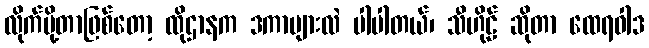
လိုက်ပို့တာဖြစ်တော့ ထိုဌာနက ဒကာများလဲ ပါပါတယ်၊ သီဟိုဠ် ဆိုတာ ထေရဝါဒ